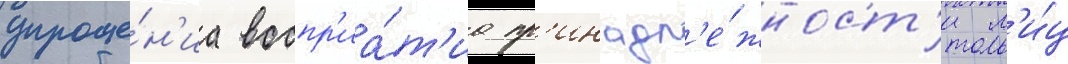
упроще́н'иа воспр'иа́т'иа пр'инадл'е́жност'и л'и́ц